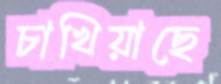
চাখিয়াছে